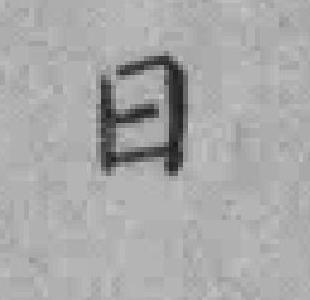
日